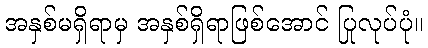
အနှစ်မရှိရာမှ အနှစ်ရှိရာဖြစ်အောင် ပြုလုပ်ပုံ။